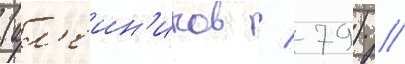
(ал'еин'иков / 79) //